Document type: Confirmation
Year: 1374
Scribe: Ramon Camat
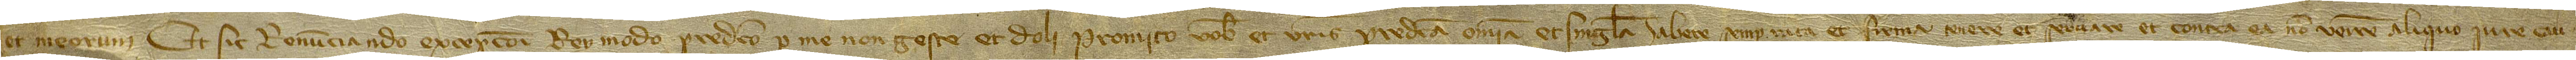
et meorum. Et sic renunciando excepcioni rey modo predicto per me non geste et doli promito vobis et vestris predicta omnia et singula habere semper rata et firma tenere et servare et contra ea non venire aliquo iure, cau-